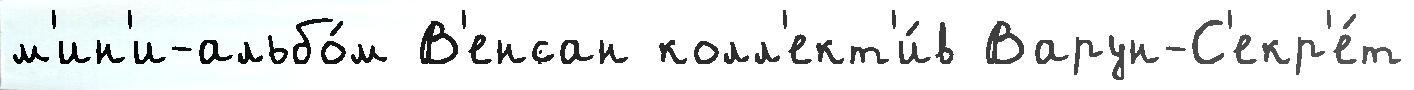
м'ин'и-альбо́м В'енсан колл'ект'и́в Варун-С'екр'е́т